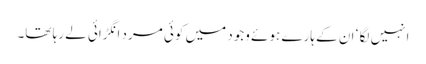
انہیں لگا ‘ ان کے ہارے ہوئے وجود میں کوئی مرد انگڑائی لے رہا تھا۔